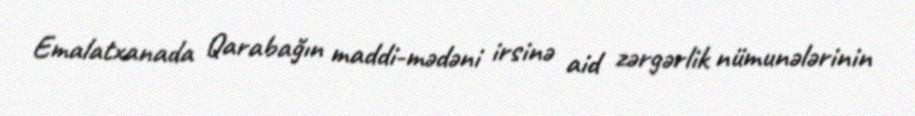
Emalatxanada Qarabağın maddi-mədəni irsinə aid zərgərlik nümunələrinin